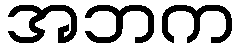
အဘက